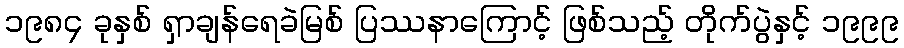
၁၉၈၄ ခုနှစ် ရှာချန်ရေခဲမြစ် ပြဿနာကြောင့် ဖြစ်သည့် တိုက်ပွဲနှင့် ၁၉၉၉